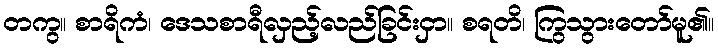
တကွ။ စာရိကံ၊ ဒေသစာရီလှည့်လည်ခြင်းငှာ။ စရတိ၊ ကြွသွားတော်မူ၏။